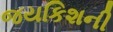
જયકિશની